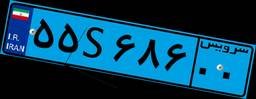
۳۰S۴۴۱۹۲